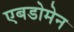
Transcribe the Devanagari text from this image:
एबडोमेन